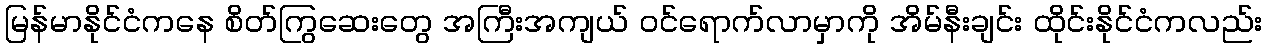
မြန်မာနိုင်ငံကနေ စိတ်ကြွဆေးတွေ အကြီးအကျယ် ဝင်ရောက်လာမှာကို အိမ်နီးချင်း ထိုင်းနိုင်ငံကလည်း